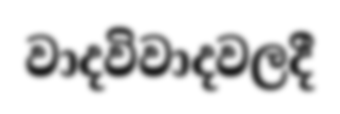
වාදවිවාදවලදී